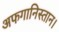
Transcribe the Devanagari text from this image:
अफगानिस्तान।